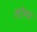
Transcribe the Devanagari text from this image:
लोनर